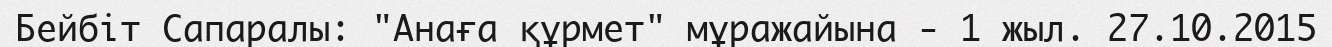
Бейбіт Сапаралы: "Анаға құрмет" мұражайына - 1 жыл. 27.10.2015